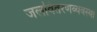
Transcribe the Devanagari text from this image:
जलवितरणव्यवस्था